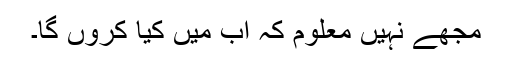
مجھے نہیں معلوم کہ اب میں کیا کروں گا۔